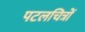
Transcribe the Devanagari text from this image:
पटलचित्रों